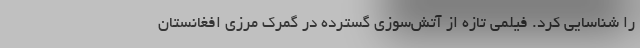
را شناسایی کرد. فیلمی تازه از آتش‌سوزی گسترده در گمرک مرزی افغانستان